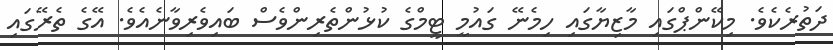
ދަތުރެކެވެ. މިކޭންޕްގައި މާޒިޔާގައި ހިމެނޭ ގައުމީ ޓީމްގެ ކުޅުންތެރިންވެސް ބައިވެރިވާނެއެވެ. އޭގެ ތެރޭގައި